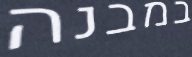
במבנה